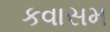
કવાસમ